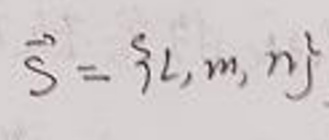
$\vec{S}=\{ l,m,n\}$